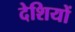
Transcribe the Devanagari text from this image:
देशियों